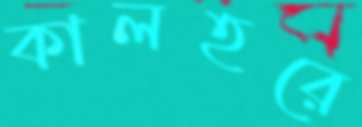
কালহরে